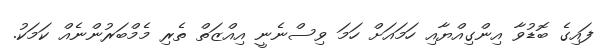
ފައިގެ ބޮޑުވާ އިންގިއްޔާއި ހަމައަށް ހަމަ ވިސްނެނީ އިއްޒަތް ތެރި މެމްބަރުންނެއް ކަމަކު.